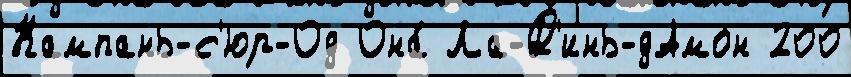
Кампань-с'юр-Од Она́ Ла-Д'инь-дАмон 200